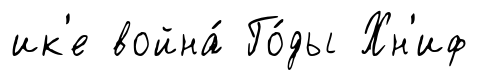
ик'е война́ Го́ды Хн'иф